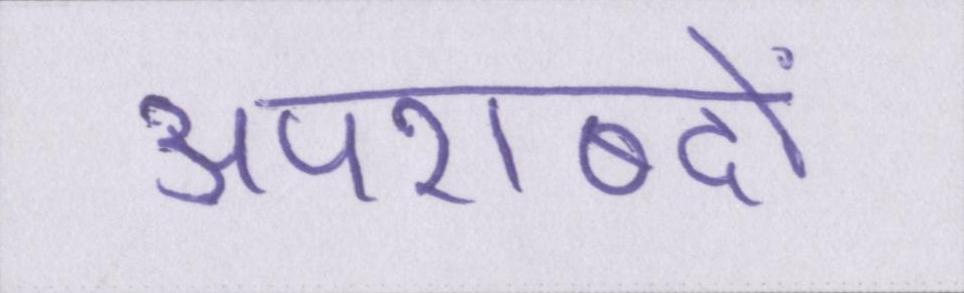
अपशब्दों